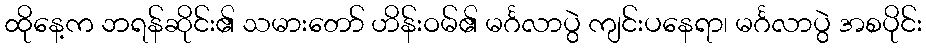
ထိုနေ့က ဘရန်ဆိုင်း၏ သမားတော် ဟိန်းဝမ်၏ မင်္ဂလာပွဲ ကျင်းပနေရာ၊ မင်္ဂလာပွဲ အစပိုင်း